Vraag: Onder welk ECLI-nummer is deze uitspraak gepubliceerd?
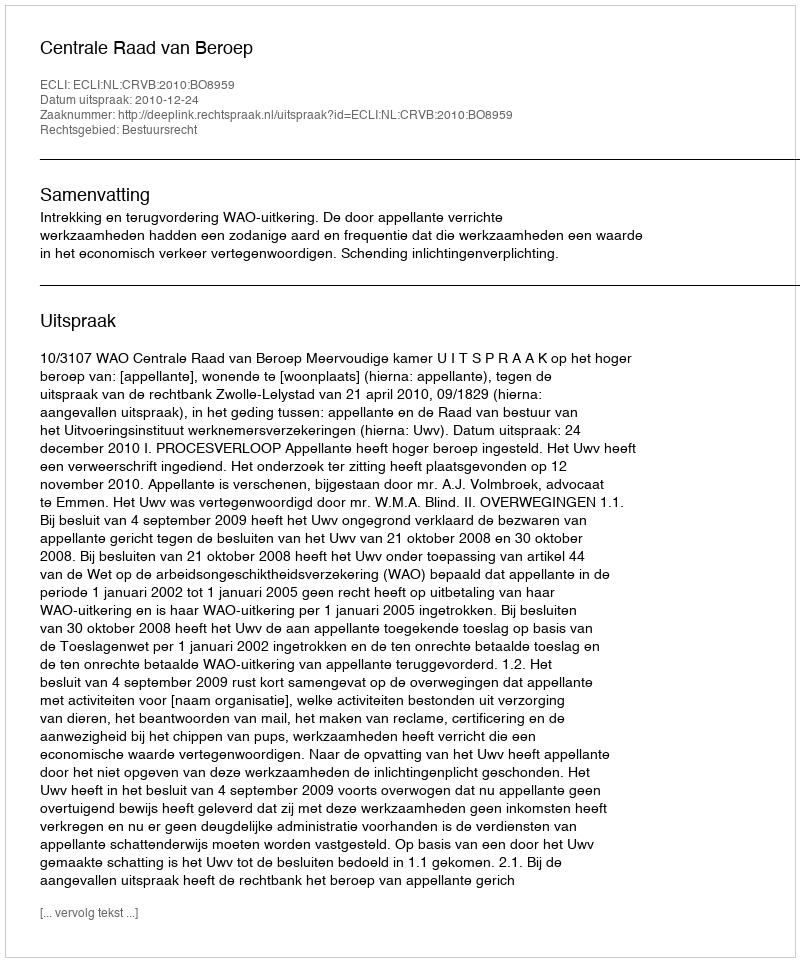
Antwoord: ECLI:NL:CRVB:2010:BO8959